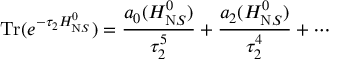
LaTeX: \mathrm { T r } ( e ^ { - \tau _ { 2 } H _ { \mathrm N S } ^ { 0 } } ) = \frac { a _ { 0 } ( H _ { \mathrm N S } ^ { 0 } ) } { \tau _ { 2 } ^ { 5 } } + \frac { a _ { 2 } ( H _ { \mathrm N S } ^ { 0 } ) } { \tau _ { 2 } ^ { 4 } } + \cdots